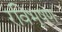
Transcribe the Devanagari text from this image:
रविभूषण